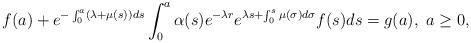
LaTeX: \begin{align*} f(a)+e^{-\int_0^a(\lambda+\mu(s))ds}\int_0^a\alpha(s)e^{-\lambda r}e^{\lambda s+\int_0^s\mu(\sigma)d\sigma}f(s)ds=g(a), \ a\geq 0,\end{align*}